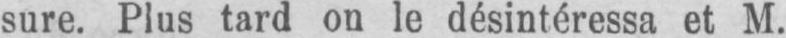
sure. Plus tard on le désintéressa et M.